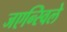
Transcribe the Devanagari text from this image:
जएन्स्विले